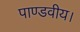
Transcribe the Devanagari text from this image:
पाण्डवीय।